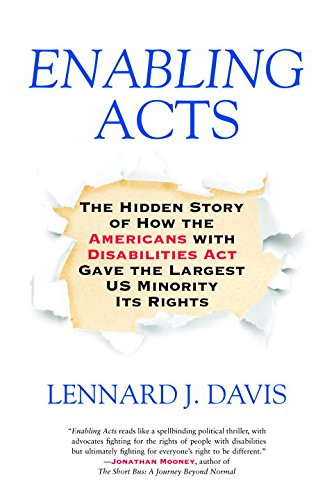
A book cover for Enabling Acts: The Hidden Story of How the Americans with Disabilities Act Gave the Largest US Minority Its Rights; Lennard J. Davis; Law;